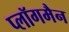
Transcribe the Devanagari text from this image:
प्लॉगमैन